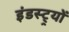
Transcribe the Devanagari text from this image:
इंडस्ट्र्यों